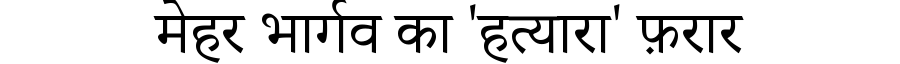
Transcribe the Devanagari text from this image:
मेहर भार्गव का 'हत्यारा' फ़रार